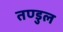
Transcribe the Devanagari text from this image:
तण्डुल